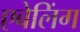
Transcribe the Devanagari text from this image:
एबेलिंग